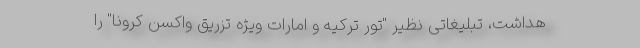
هداشت، تبلیغاتی نظیر "تور ترکیه و امارات ویژه تزریق واکسن کرونا" را